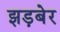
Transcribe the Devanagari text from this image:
झड़बेर